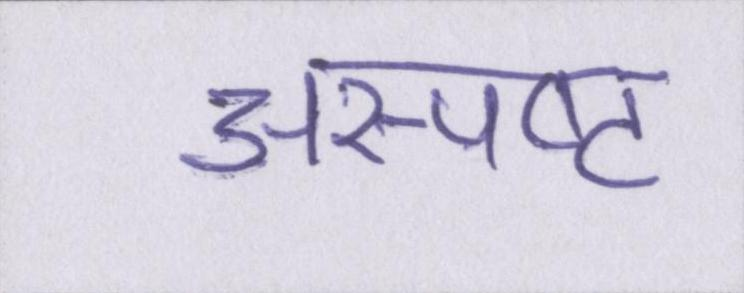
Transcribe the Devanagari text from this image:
अस्पष्ट